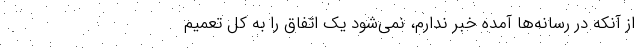
از آنکه در رسانه‌ها آمده خبر ندارم، نمی‌شود یک اتفاق را به کل تعمیم